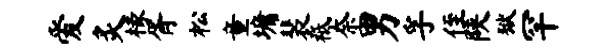
爱炙椽胥松童墉裴祗奈男孚侄陕狱罕